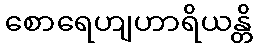
စောရေဟျဟာရိယန္တိ